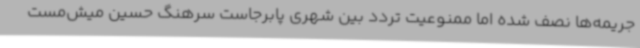
جریمه‌ها نصف شده اما ممنوعیت تردد بین شهری پابرجاست سرهنگ حسین میش‌مست